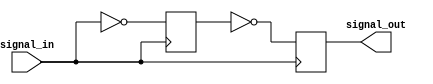
module NAND_Gate_Delay (
    input wire signal_in,
    output reg signal_out
);

reg internal_signal;

always @ (posedge signal_in) begin
    internal_signal <= ~signal_in;
    signal_out <= ~internal_signal;
end

endmodule